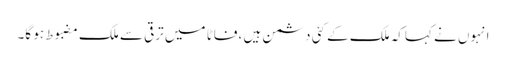
انہوں نے کہاکہ ملک کے کئی دشمن ہیں ،فاٹا میں ترقی سے ملک مضبوط ہو گا۔